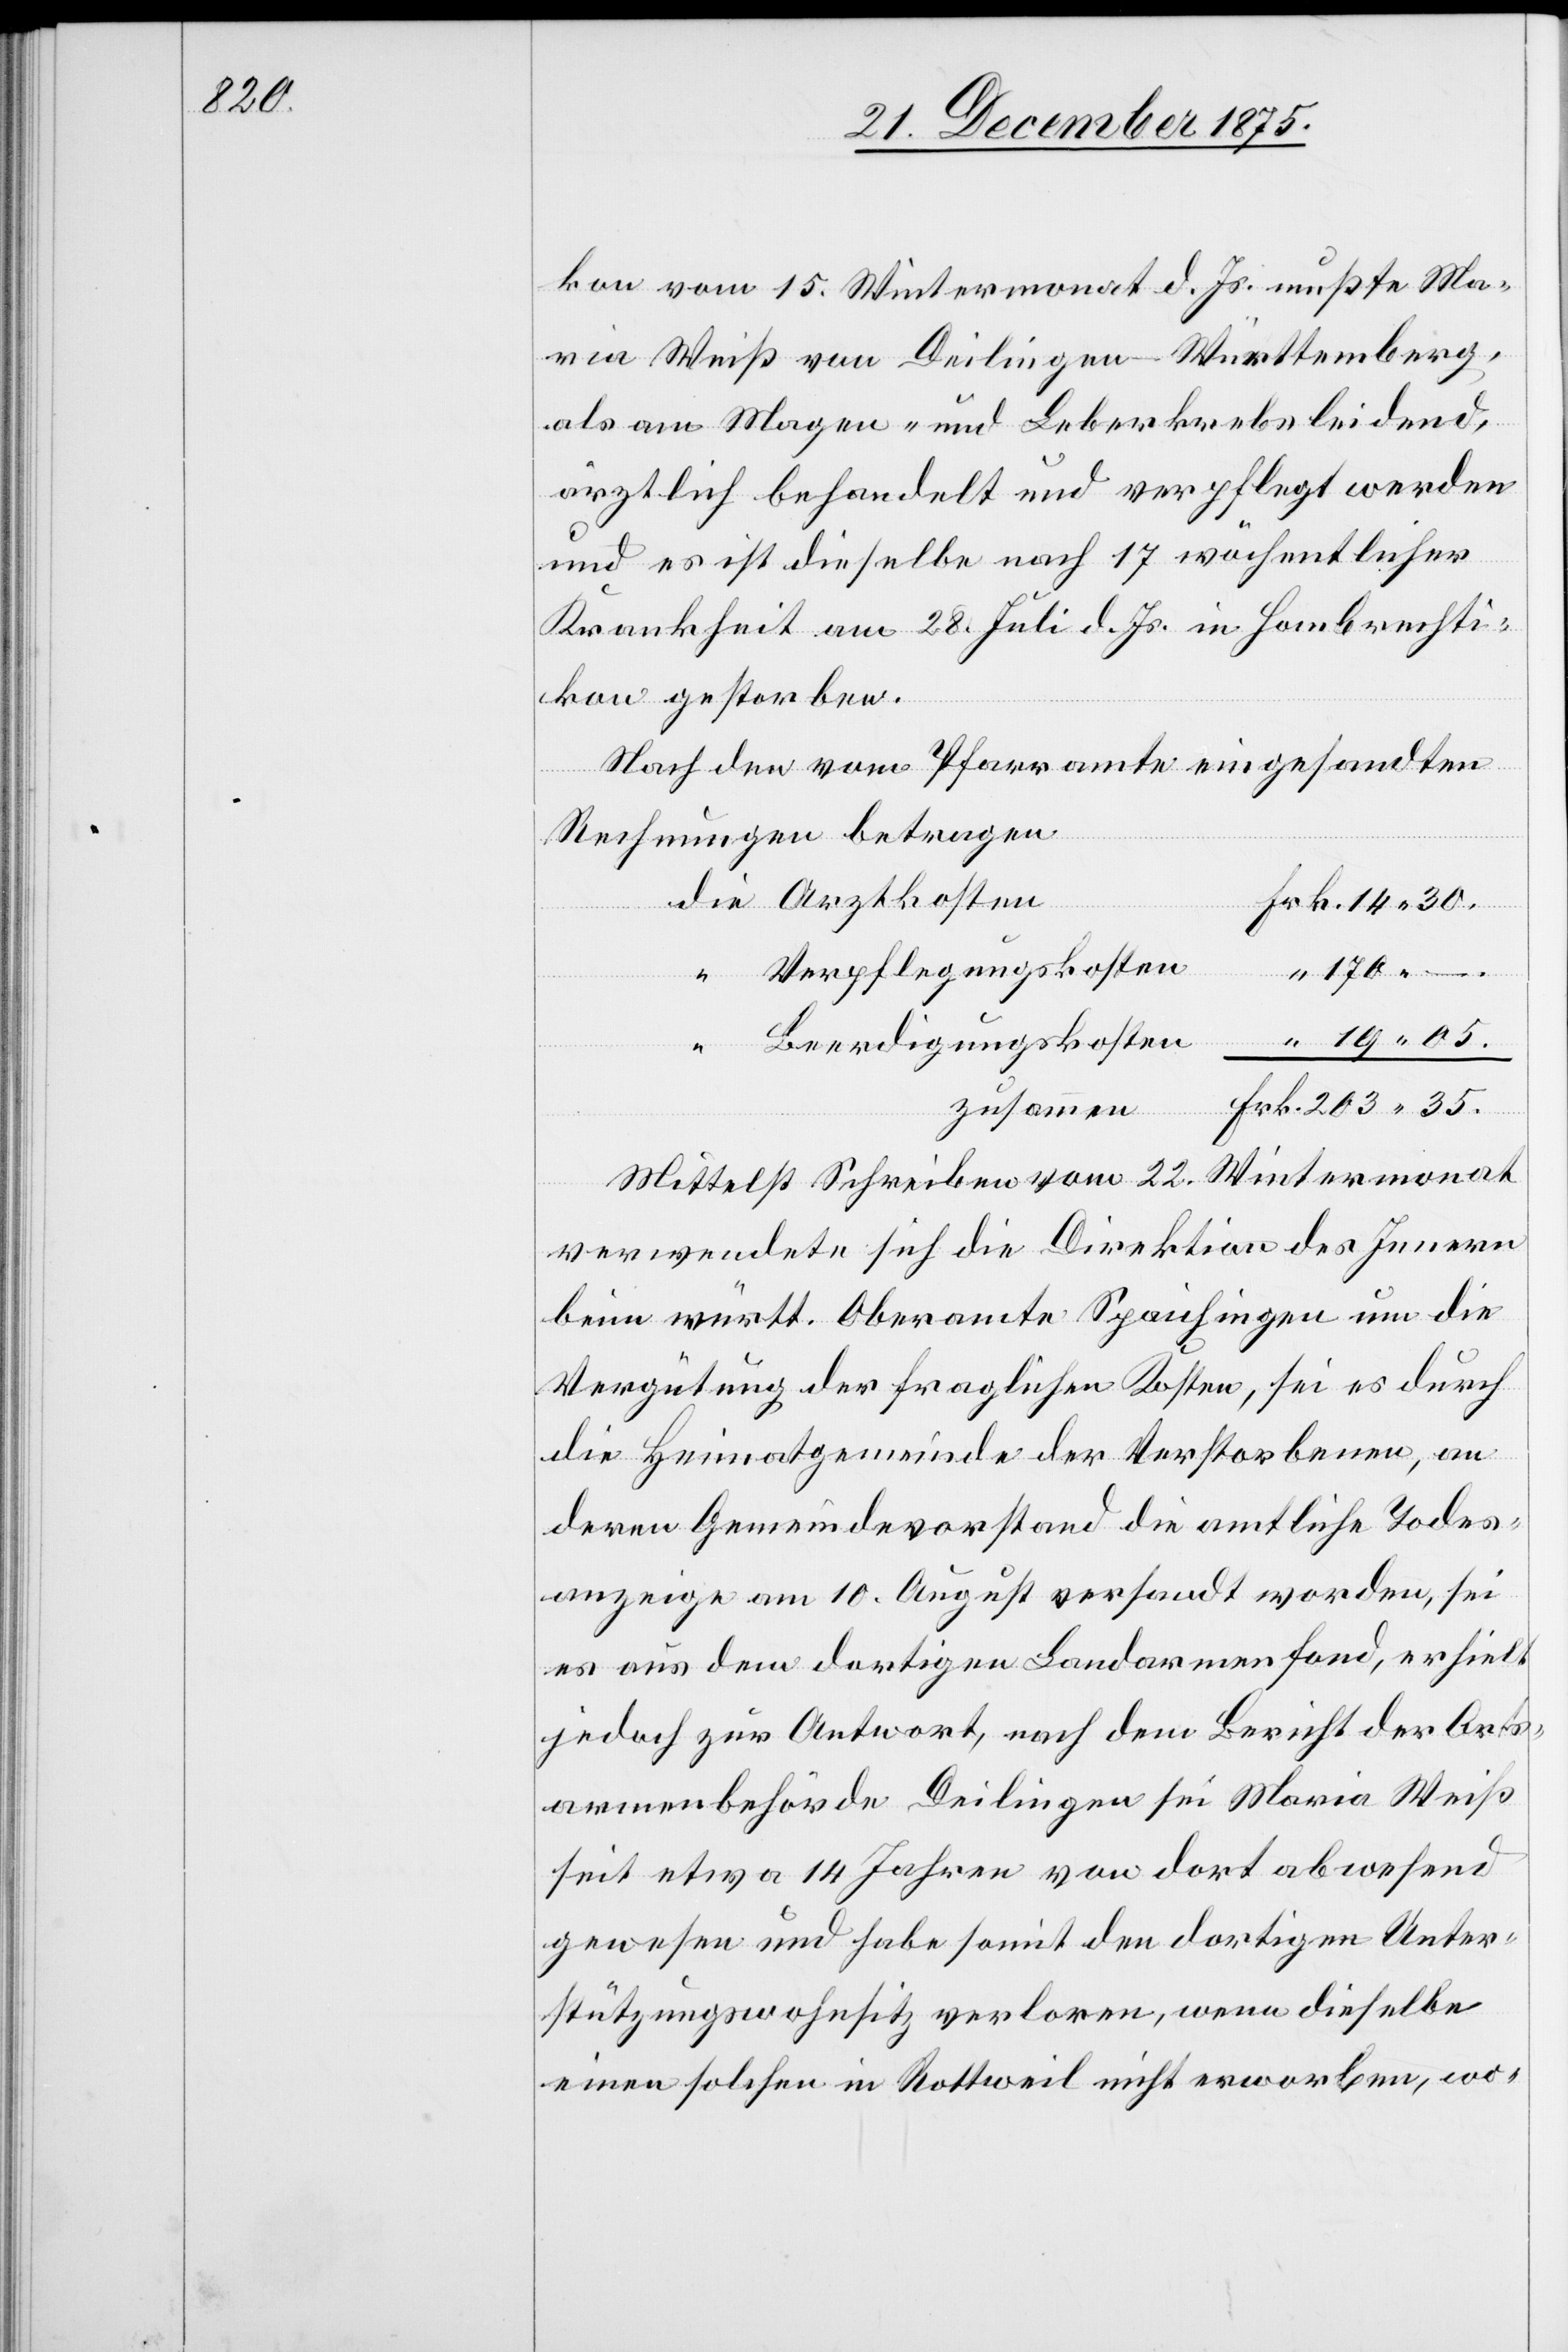
14 30.

kon vom 15. Wintermonat d. Js. mußte Ma¬
ria Weiß von Deilingen - Württemberg,
als am Magen- und Leberkrebs leidend,
ärztlich behandelt und verpflegt werden
und es ist dieselbe nach 17 wöchentlicher
Krankheit am 28. Juli d. Js. gestorbe¬
n.
Nach den vom Pfarramte eingesandten
die
Rechnungen betragen
35.
Verpflegungskosten
170 –.
Beerdigungskosten
zusammen
Mittelst Schreiben vom 22. Wintermonat
verwendete sich die Direktion des Innern
beim württ. Oberamte Spaichingen um die
Vergütung der fraglichen Kosten, sei es durch
die Heimatgemeinde der Verstorbenen, an
deren Gemeindevorstand die amtliche Todes¬
anzeige am 10. August versandt worden, sei
es aus dem dortigen Landarmenfond, erhielt
jedoch zur Antwort, nach dem Bericht der Orts¬
armenbehörde Deilingen sei Maria Weiß
seit etwa 14 Jahren von dort abwesend
gewesen und habe somit den dortigen Unter¬
stützungswohnsitz verloren, wenn dieselbe
einen solchen in Rottweil nicht erworben, wo-